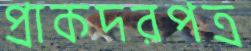
প্রাকদরপত্র